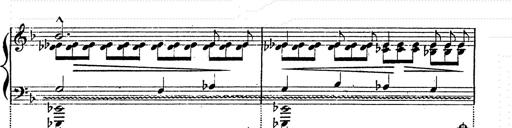
Title: Franz Schuberts geistliche Lieder
Composer: Franz Liszt